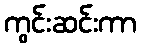
ကွင်းဆင်းကာ